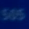
505